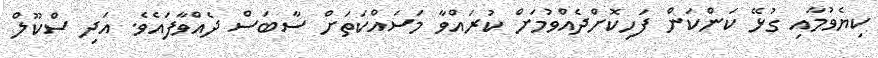
ކިޔެވުމާއި ގުޅޭ ކަންކަން ފަހިކޮށްދެއްވުމަށް ކުރައްވާ މަސައްކަތަށް ސާބަސް ދެއްވާފައެވެ. އަދި ސްކޫލް